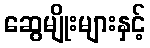
ဆွေမျိုးများနှင့်